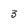
Character: 3